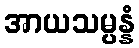
အာယသမ္ပန္နံ